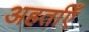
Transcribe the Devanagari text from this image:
अहर्ताएँ